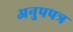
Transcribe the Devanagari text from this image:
अनुपपत्र